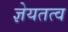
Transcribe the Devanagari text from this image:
ज्ञेयतत्व